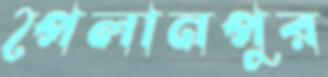
পৈলানপুর